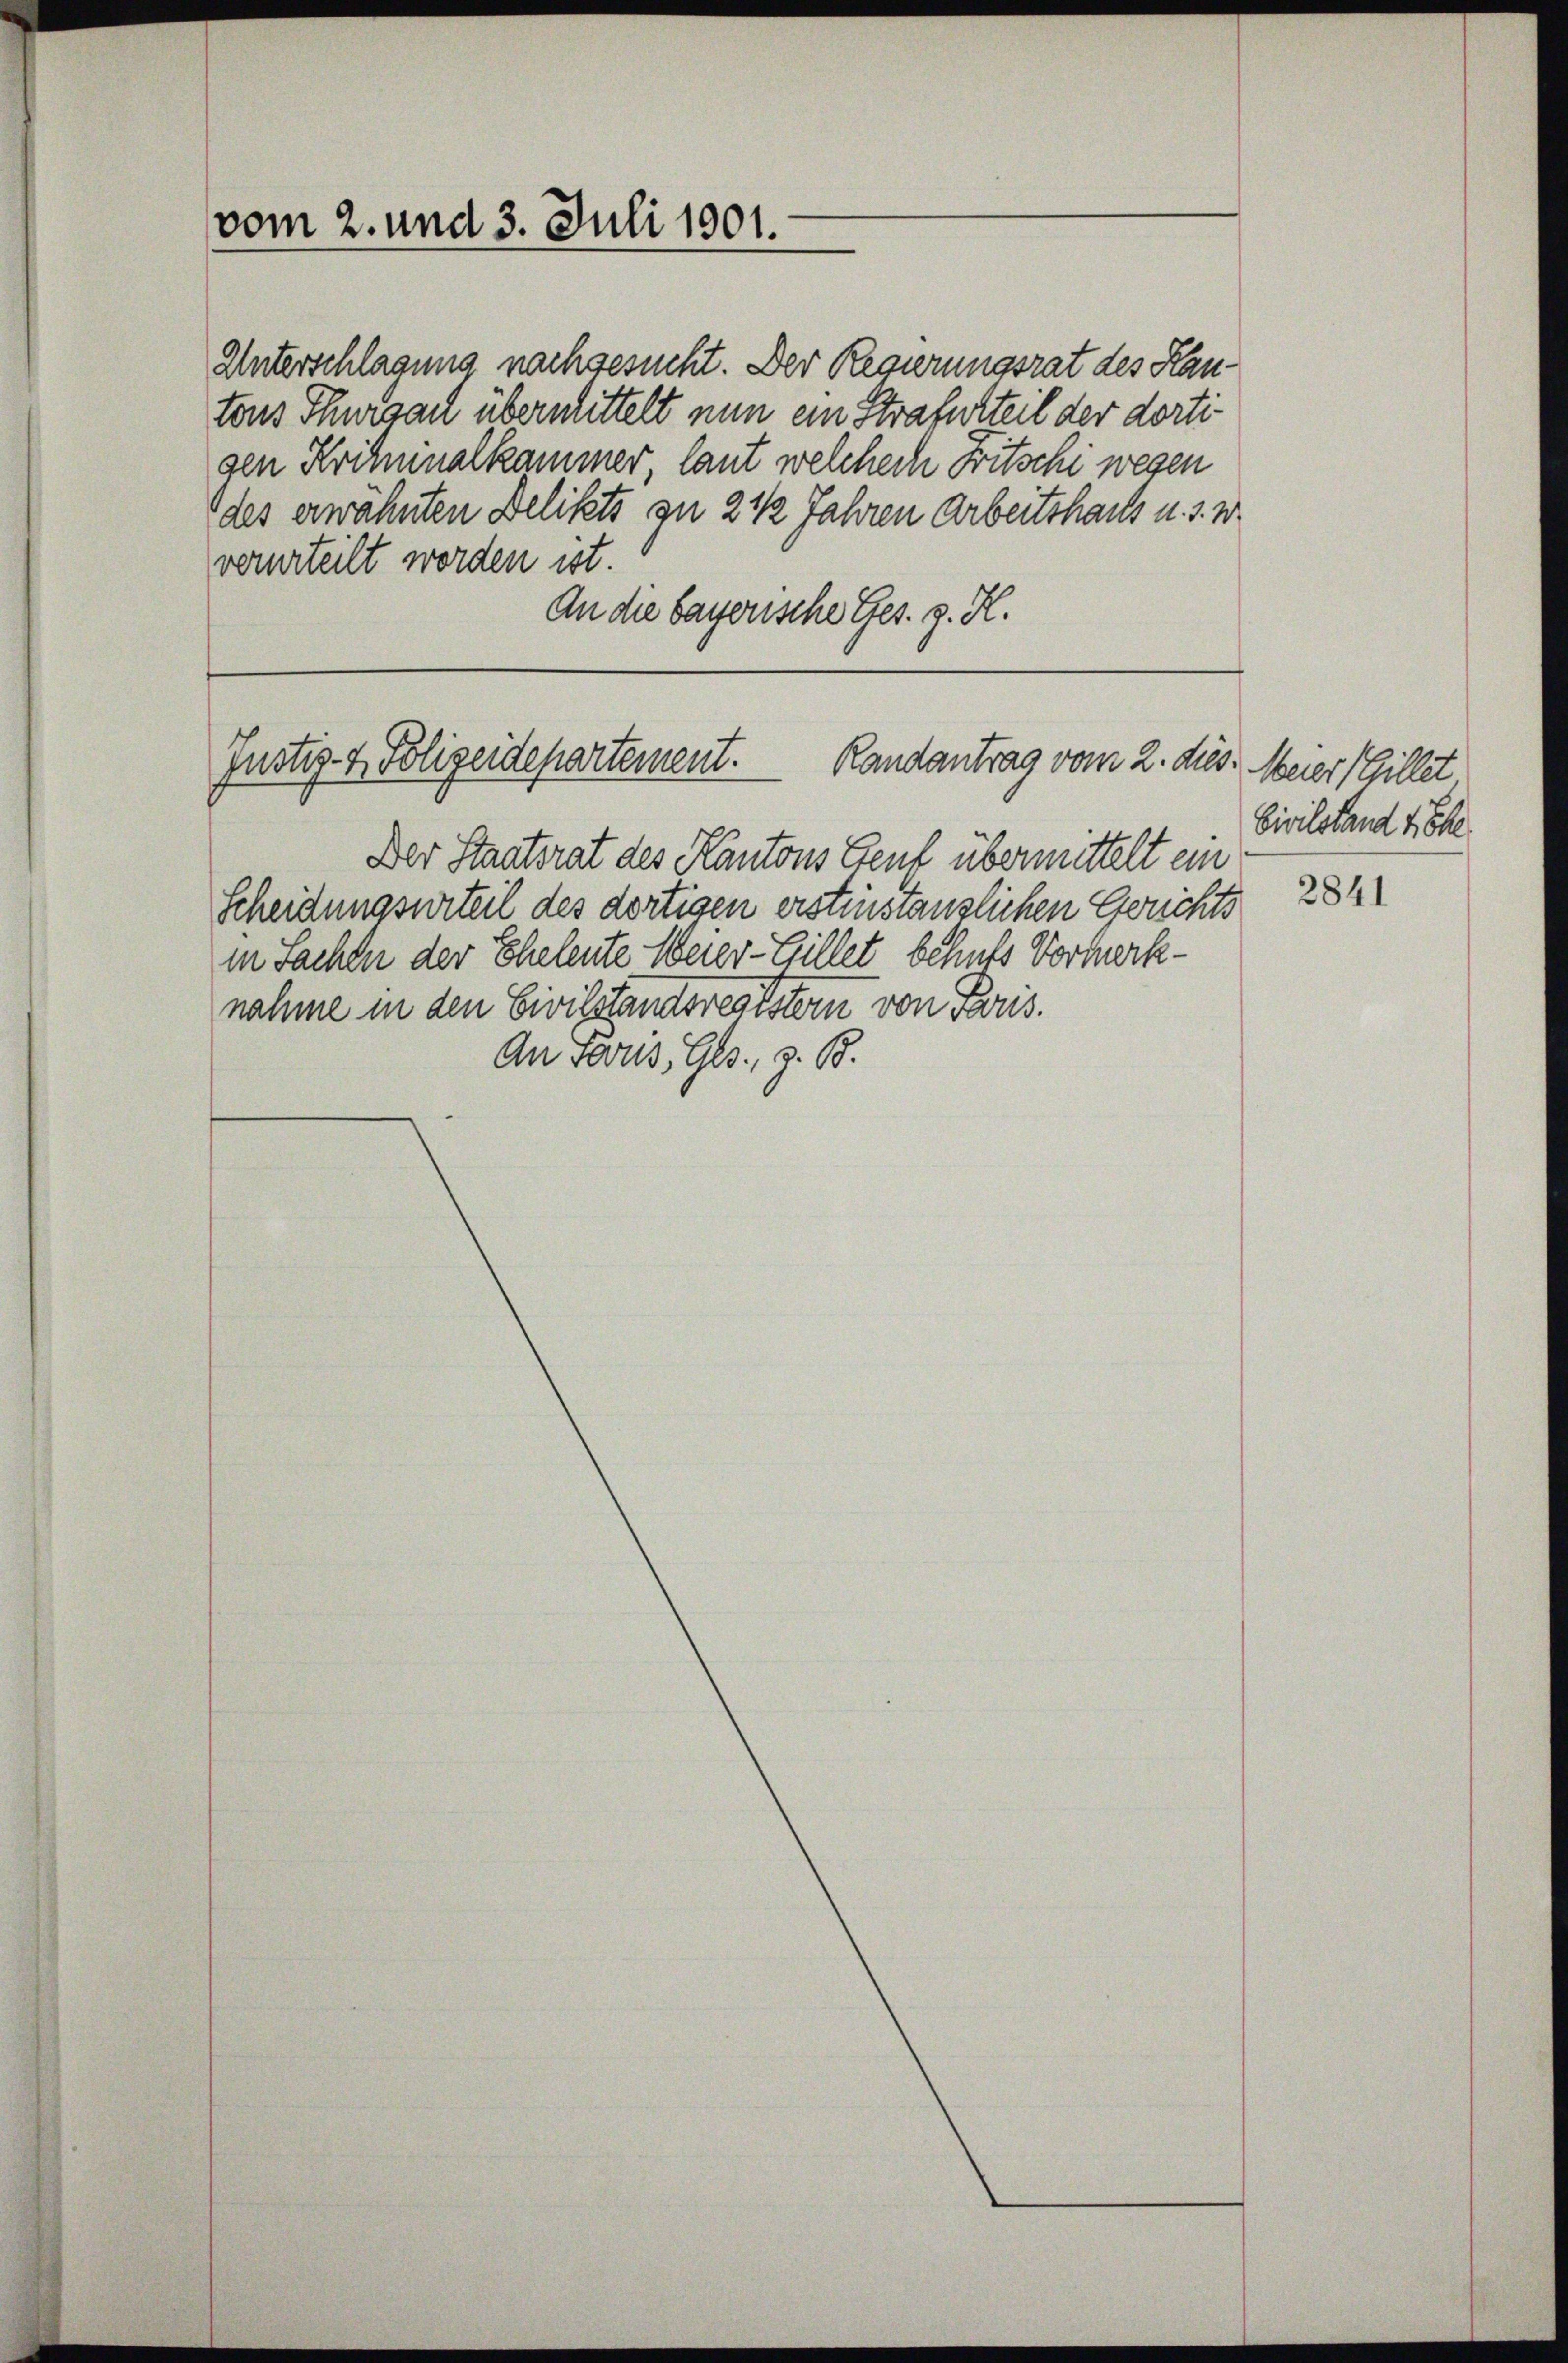
vom 2. und 3. Juli 1901.

gen Kriminalkammer laut welchech Fritschi wegen
des erwähnten Delikts zu 2 ½ Jahren Arbeitshaus u. s. w.
verurteilt worden ist.
An die bayerische Ges. z. K.

Justiz- & Polizeidepartement. Randantrag vom 2. dies. Meier (Hillet

Unterschlagung nachgesucht. Der Regierungsrat des Kantons Thurgau übermittelt nun ein Strafurteil der dorti¬

Der Staatsrat des Kantons Genf übermittelt ein
Scheidungsurteil des dortigen erstinstanzlichen Gerichts
in Sachen der Eheleute Meier-Gillet behuts Vormerknahme in den Civilstandsregistern von Paris.
An Paris, Ges. z. B.

Civilstand 4 The
2841